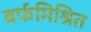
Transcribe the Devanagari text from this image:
बर्फमिश्रित